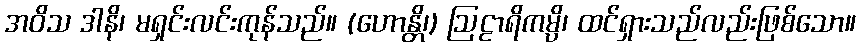
အဝိသ ဒါနိ၊ မရှင်းလင်းကုန်သည်။ (ဟောန္တိ၊) ဩဠာရိကမ္ပိ၊ ထင်ရှားသည်လည်းဖြစ်သော။